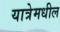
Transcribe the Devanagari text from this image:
यात्रेमधील